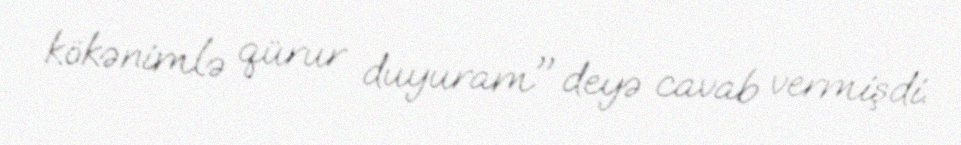
kökənimlə qürur duyuram" deyə cavab vermişdi.